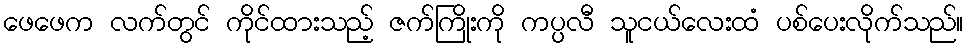
ဖေဖေက လက်တွင် ကိုင်ထားသည့် ဇက်ကြိုးကို ကပ္ပလီ သူငယ်လေးထံ ပစ်ပေးလိုက်သည်။